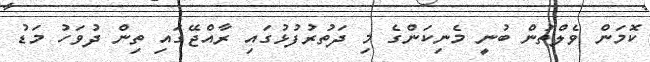
ކޮމަން ވެލްތުން ބުނީ މެނިކަންގެ މި ދަތުރުފުޅުގައި ރާއްޖޭގައި ތިން ދުވަހު މަޑު